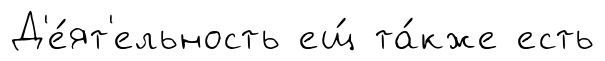
Д'е́ят'ельность ещ́ та́кже есть